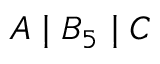
A \mid B _ { 5 } \mid C